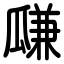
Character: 㼓